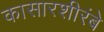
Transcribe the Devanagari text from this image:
कासारशीरंबे